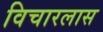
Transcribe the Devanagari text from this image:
विचारलास